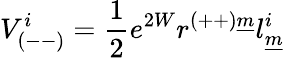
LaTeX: V_{(--)}^{i}={\frac{1}{2}}e^{2W}r^{(++)\underline{{{m}}}}l_{\underline{{{m}}}}^{i}